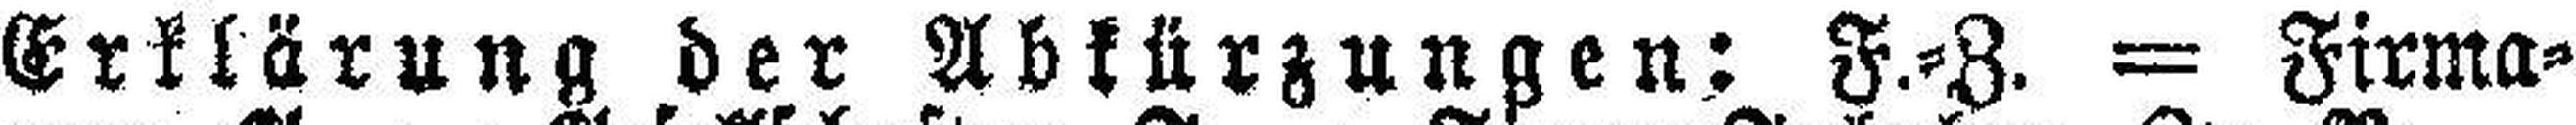
Erklärung der Abkürzungen: F.=Z. — Firma¬